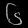
Digit: ၆